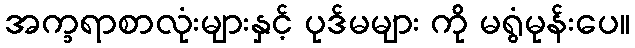
အက္ခရာစာလုံးများနှင့် ပုဒ်မများ ကို မရွံမုန်းပေ။